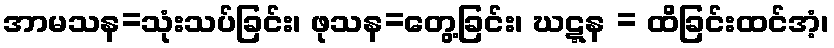
အာမသန=သုံးသပ်ခြင်း၊ ဖုသန=တွေ့ခြင်း၊ ဃဋ္ဋန = ထိခြင်းထင်အံ့၊